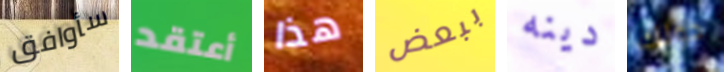
سأوافق أعتقد هذا ببعض دينه حولك